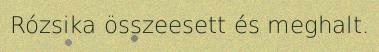
Rózsika összeesett és meghalt.